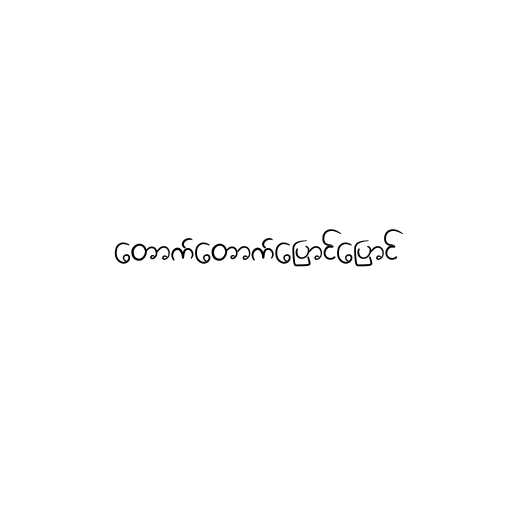
တောက်တောက်ပြောင်ပြောင်